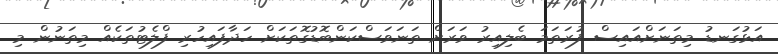
އަޅުގަނޑު މިތަނަށްއައިސް ފުރަތަމަ ބެލިއިރު ވަރަށް ތަނަވަސްކަންބޮޑުގޮތަކަށް ހަދާފައިހުރި ފްލެޓުތަކެއް މިތަނުން މި